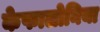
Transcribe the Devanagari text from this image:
केफालोनिया